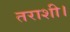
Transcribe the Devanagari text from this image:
तराशी।